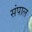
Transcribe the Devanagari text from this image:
संपाल